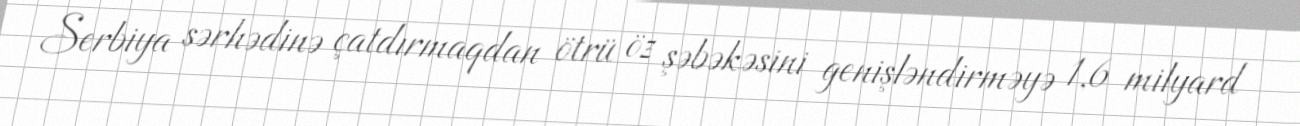
Serbiya sərhədinə çatdırmaqdan ötrü öz şəbəkəsini genişləndirməyə 1,6 milyard